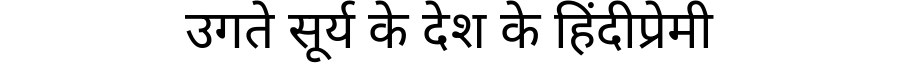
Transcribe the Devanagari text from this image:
उगते सूर्य के देश के हिंदीप्रेमी